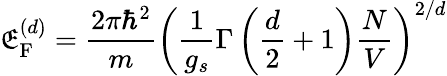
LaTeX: \mathfrak{E}_{\mathrm{{F}}}^{(d)}={\frac{{2\pi\hbar^{2}}}{{m}}}\left({\frac{{1}}{{g_{s}}}}\Gamma\left({\frac{{d}}{{2}}}+1\right){\frac{{N}}{{V}}}\right)^{2/d}